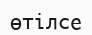
өтілсе